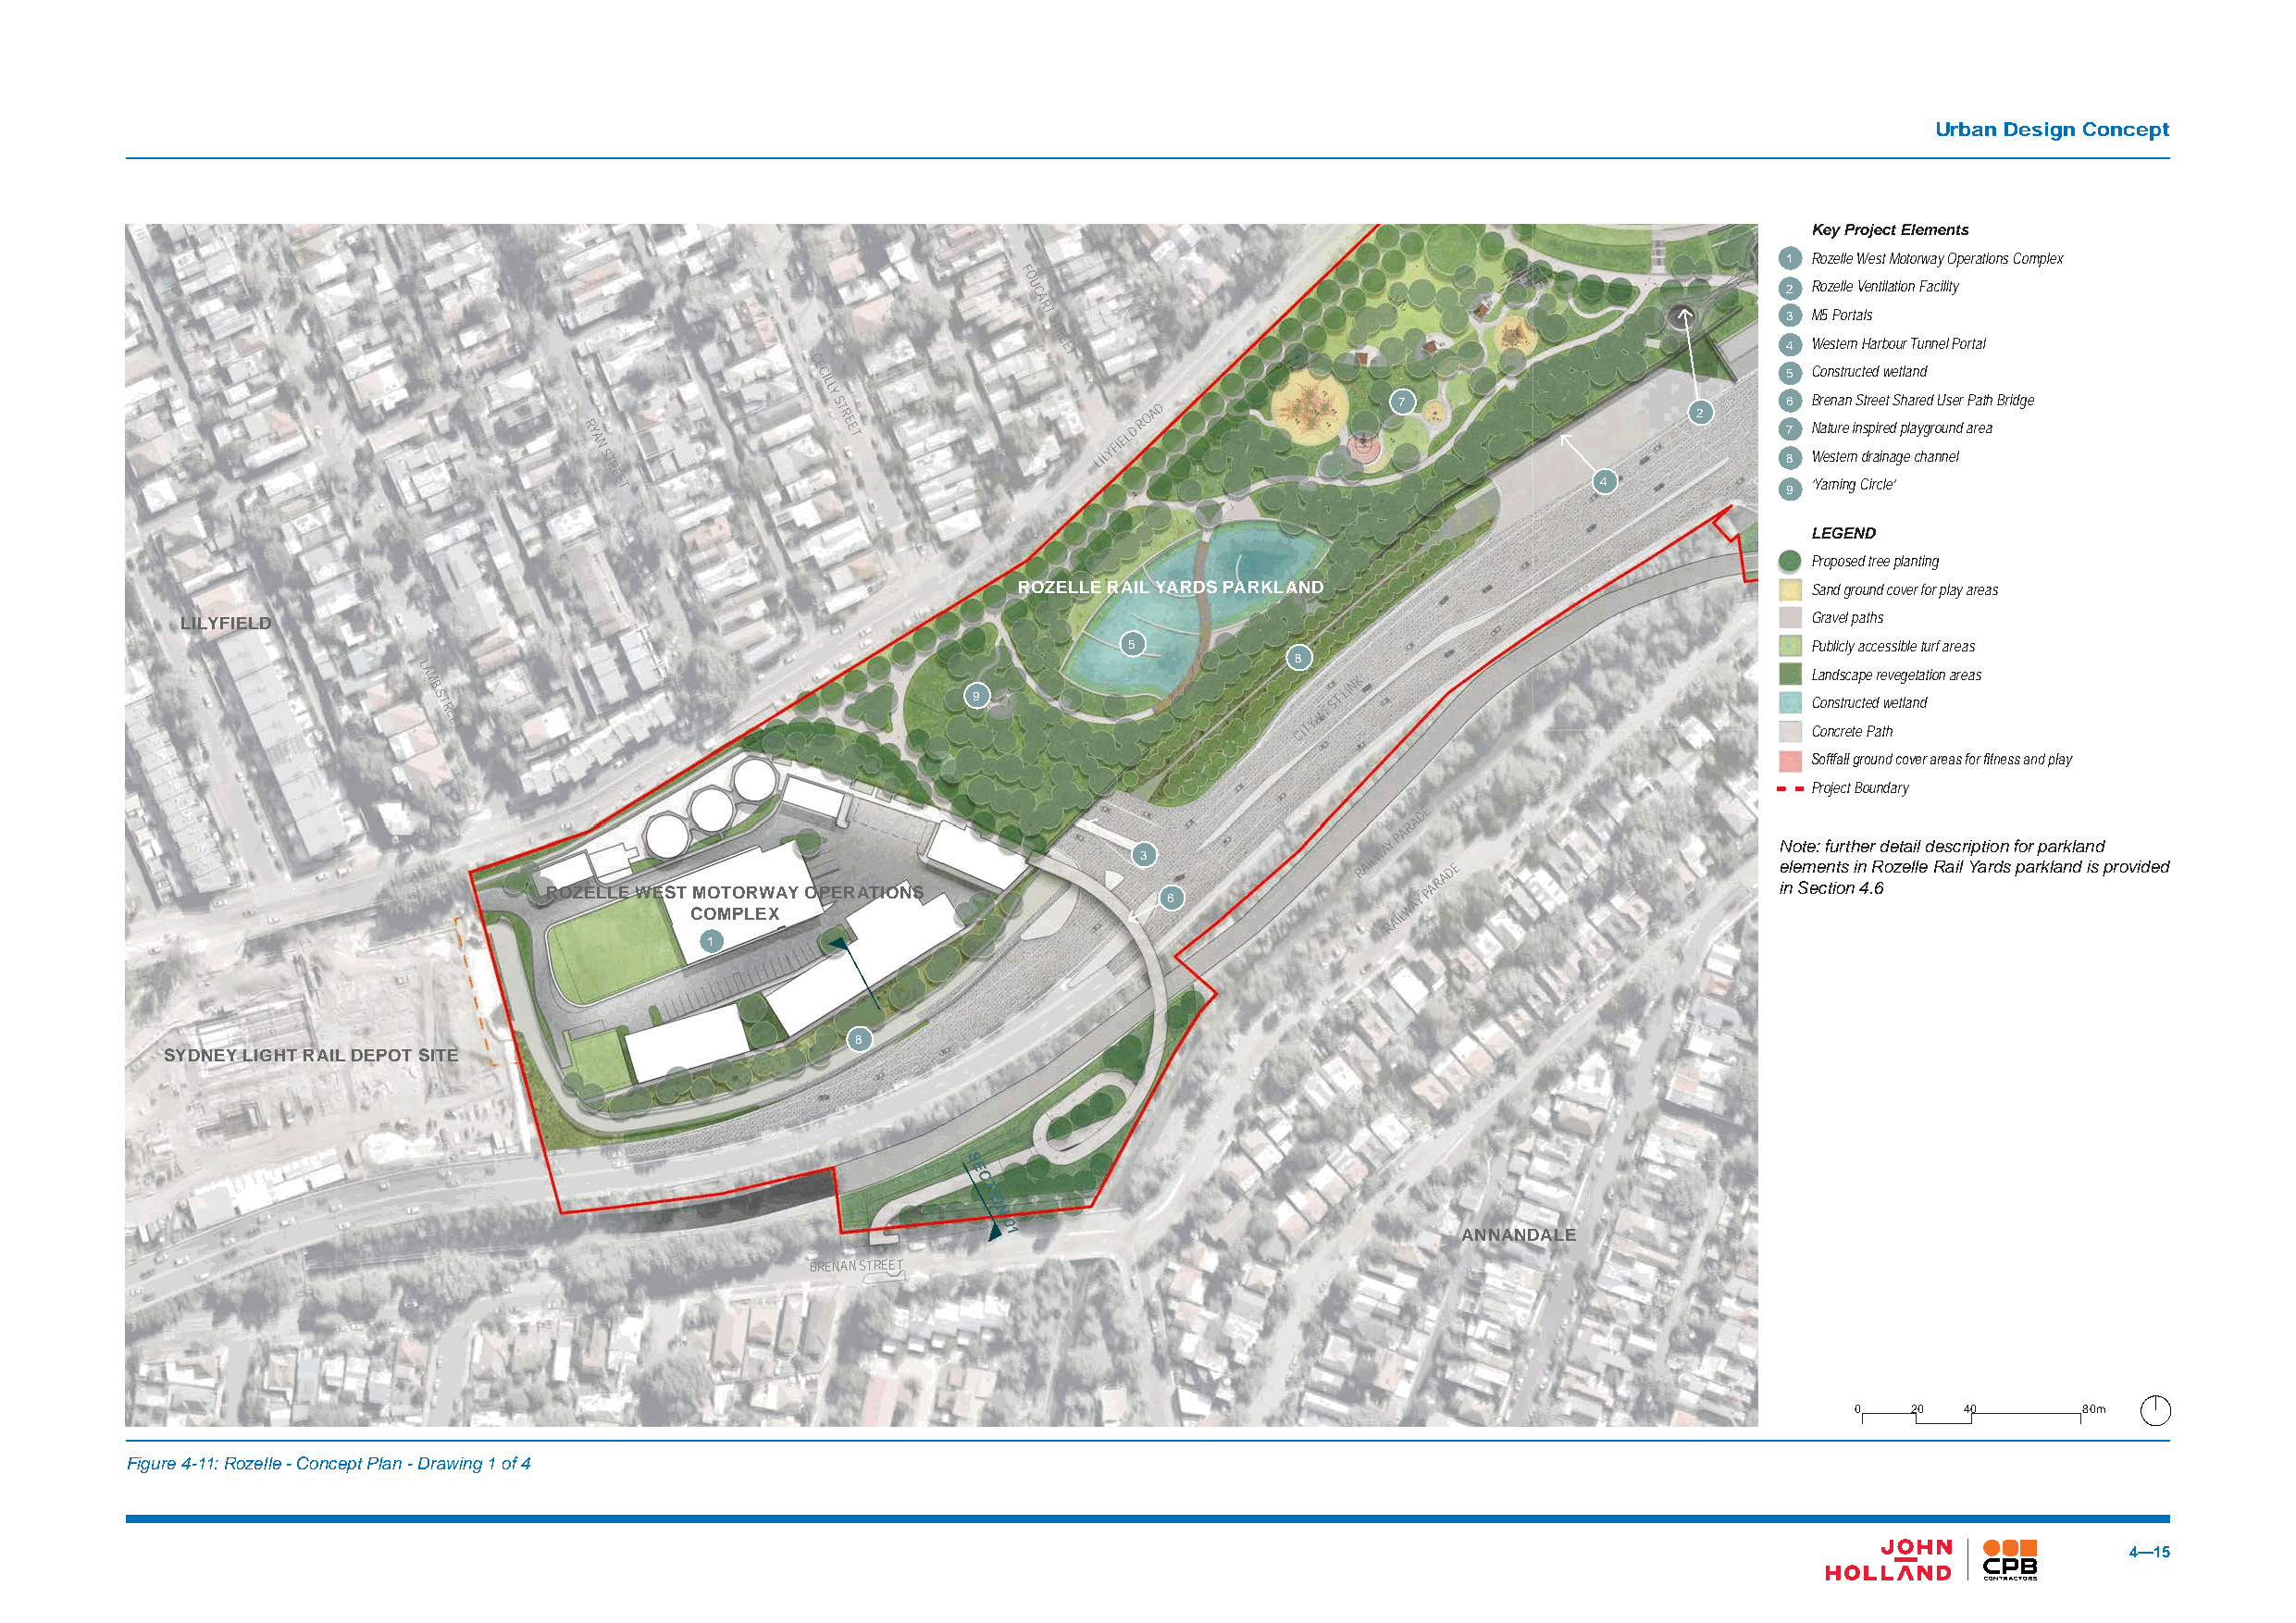
Urban Design Concept
 Key Project Elements
 1 Rozelle West Motorway Operations Complex
 F
 O
 U C                                                    2 Rozelle Ventilation Facility
 A
 R T                                                   3 M5 Portals
 S
 T
 R E E                                                4 Western Harbour Tunnel Portal
 C                 T
 R Y A
 N
 S T
 E CILLY
 S T R
 E E T             LILYFIELD
 ROAD              7                    2
 5
 6
 7
 8
 C
 B
 N
 Wro
 a
 een
 t
 sn
 us
 ta
 r
 et er
 n
 ru
 n
 ic
 nS
 dt ste
 r
 rped
 aire
 inew
 t
 ade
 S
 g
 t phl ea
 la
 a
 n
 cr
 yd
 e hgd
 ar
 noU nus ene ldr aP ra et ah Bridge
 R
 E E                                                                    4               ‘Yarning Circle’
 T                                                                                   9
 LEGEND
 Proposed tree planting
 ROZELLE RAIL YARDS PARKLAND                              Sand ground cover for play areas
 LILYFIELD                                                                                                            Gravel paths
 5                                                Publicly accessible turf areas
 8
 L
 A M
 B
 S T
 R
 E E
 T
 9
 CITY
 WEST
 LINK                              L
 C
 Ca
 o
 on
 n
 nd
 s
 cs
 t rr
 ec
 u
 ta
 c
 ep
 t e
 Pe
 d
 ar e
 tw
 hv ee tg lae nta dtion areas
 Softfall ground cover areas for fitness and play
 Project Boundary
 ROZELLE WEST CM OO MTO PLR EW XAY OPERATIONS
 3
 6
 RAILWA RY
 AIP
 LAR WAA YD E
 PARADE
 N
 e
 inlo
 e
 St me e:
 e
 c
 f
 n
 tu
 it
 or
 s
 nt h
 i n
 4e r
 .R
 6
 d oe zt ea li ll
 e
 d Res ac ilr Yip ati ro dn
 s
 f po ar rp ka lar nkl da n isd
 p rovided
 1
 8
 SYDNEY LIGHT RAIL DEPOT SITE
 S
 E
 C
 TI
 O
 N
 0
 1                                ANNANDALE
 BRENAN STREET
 0   20 40       80m
 Figure 4-11: Rozelle - Concept Plan - Drawing 1 of 4
 4—15